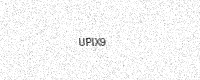
Text: UPIX9